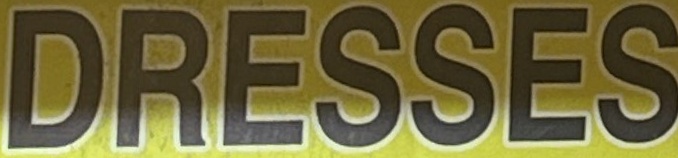
DRESSES